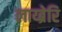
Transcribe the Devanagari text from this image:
लाय्ब्रेरि